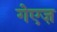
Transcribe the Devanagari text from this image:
गेएज़